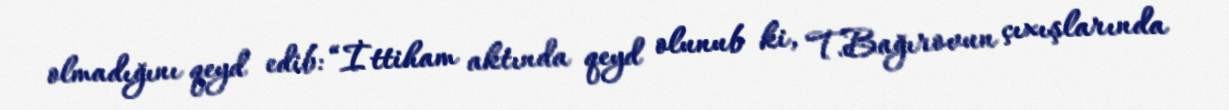
olmadığını qeyd edib: “İttiham aktında qeyd olunub ki, T.Bağırovun çıxışlarında